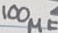
Text: 100µF